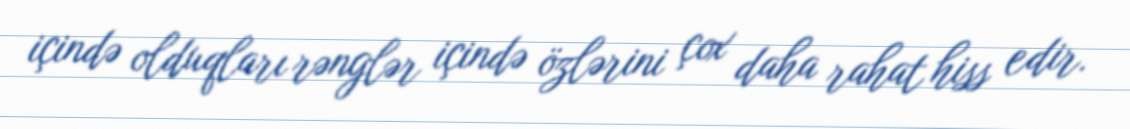
içində olduqları rənglər içində özlərini çox daha rahat hiss edir.